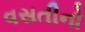
વસતીનો